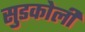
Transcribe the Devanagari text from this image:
सुडकोली